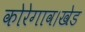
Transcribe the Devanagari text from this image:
कोरेगाव।खेड